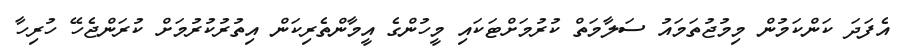
އެފަދަ ކަންކަމުން މިމުޖުތަމައު ސަލާމަތް ކުރުމަށްޓަކައި މީހުންގެ އީމާންތެރިކަން އިތުރުކުރުމަށް ކުރަންޖެހޭ ހުރިހާ